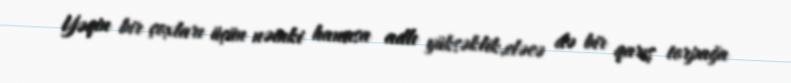
Yəqin bir çoxları üçün nəinki hansısa adlı yüksəklik,eləcə də bir qarış torpağa